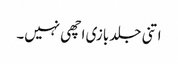
اتنی جلد بازی اچھی نہیں۔